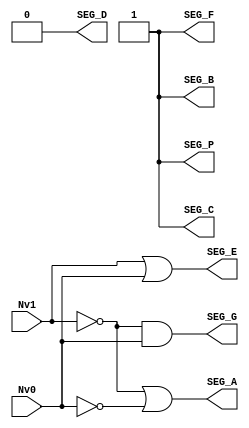
//Modulo Decodificador do nivel da caixa

module decode_cxa(Nv1, Nv0, SEG_A, SEG_B, SEG_C, SEG_D, SEG_E, SEG_F, SEG_G, SEG_P);

input Nv1, Nv0; // Entradas para o decodificador
output SEG_A, SEG_B, SEG_C, SEG_D, SEG_E, SEG_F, SEG_G, SEG_P;

// Entradas negadas
wire notNv2, notNv1, notNv0;
not Not2(notNv2, Nv2);
not Not0(notNv1, Nv1);
not Not1(notNv0, Nv0);

//SEGMENTO A

or or1(SEG_A, notNv1, notNv0);

//SEGMENTO B

not Not8(SEG_B, 0);

//SEGMENTO C

not Not6(SEG_C, 0);

//SEGMENTO D

not Not4(SEG_D, 1);

//SEGMENTO E

or Or0(SEG_E, Nv1, Nv0);

//SEGMENTO F

not Not5(SEG_F, 0);

//SEGMENTO G

and And5(SEG_G, notNv1, Nv0);

//SEGMENTO P

not Not9(SEG_P, 0);

endmodule